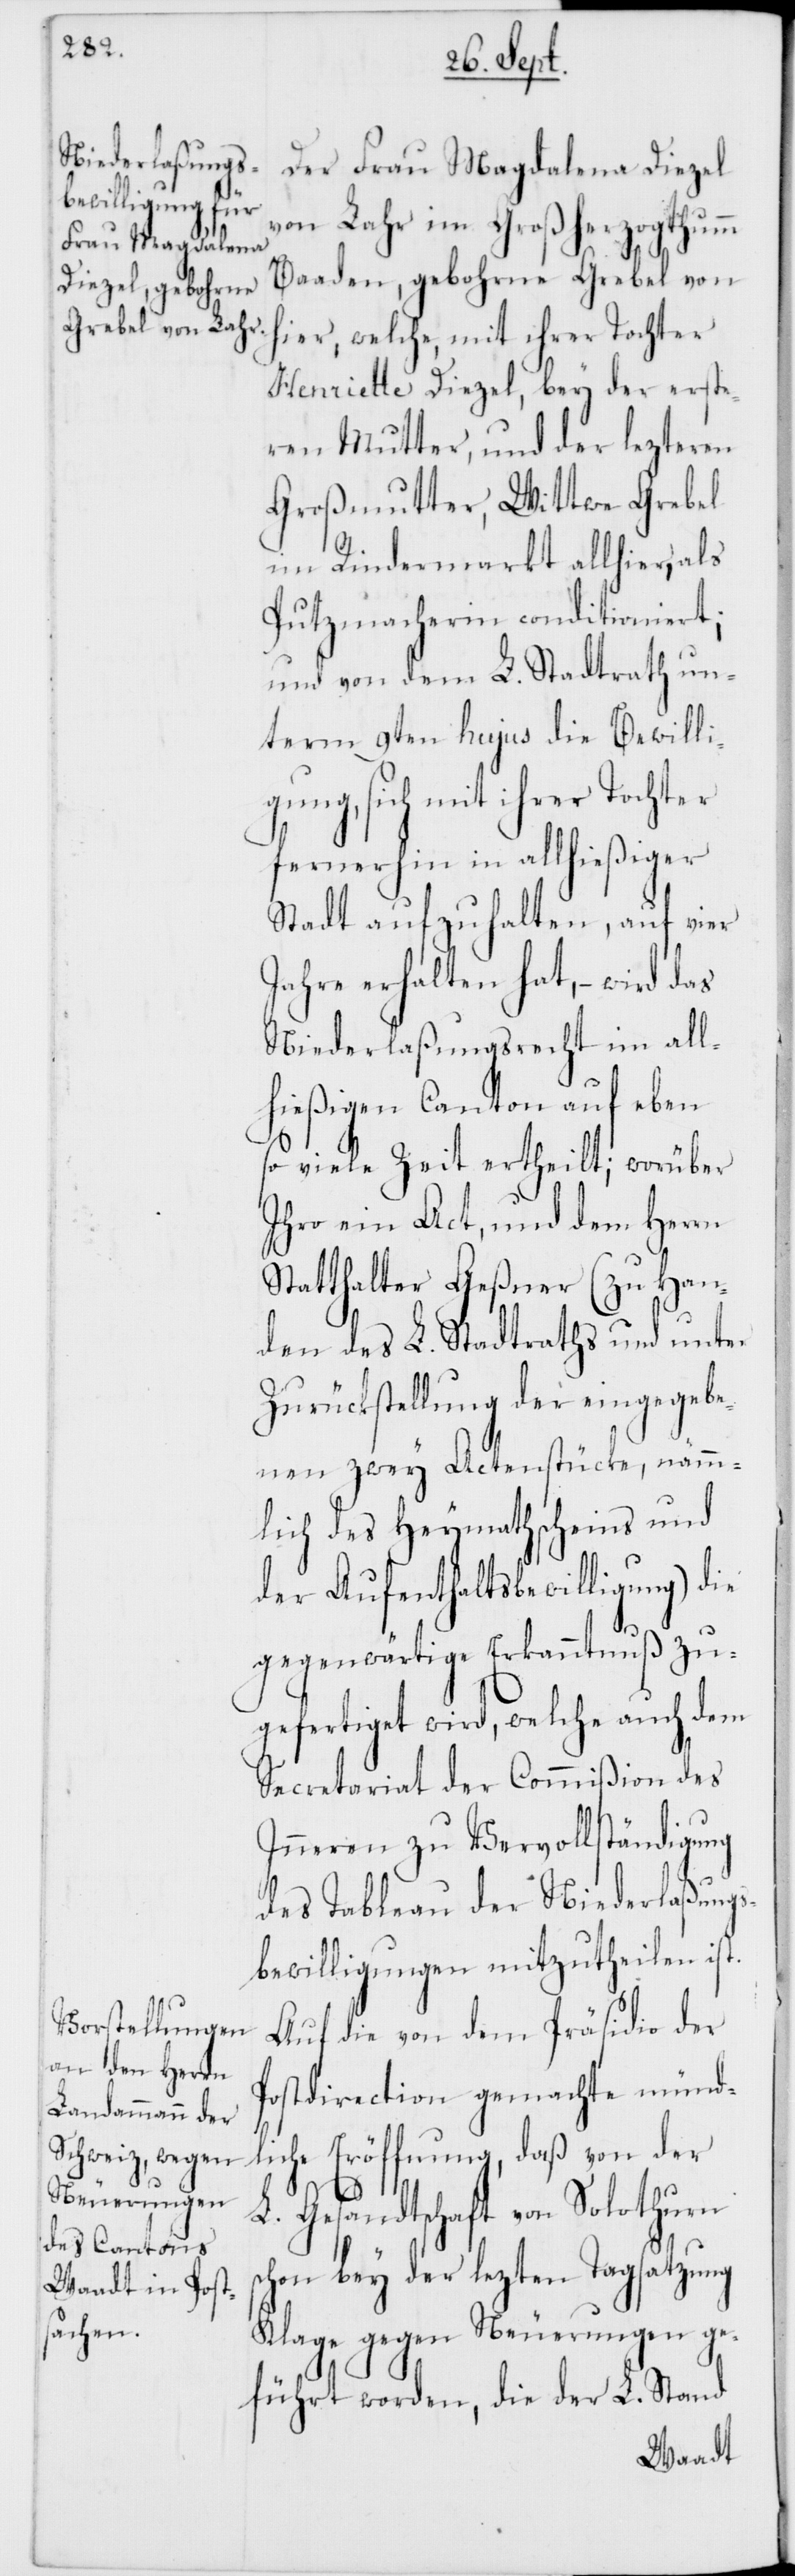
Der Frau Magdalena Diezel
von Lahr im Großherzogthumm
Baaden, gebohrne Grebel von
hier, welche mit ihrer Tochter
Henriette Diezel, bey der erste¬
ren Mutter, und der lezteren
Großmutter, Wittwe Grebel
im Rindermarkt allhier, als
Putzmacherin conditioniert;
und von dem L. Stadtrath un¬
term 9ten hujus die Bewilli¬
gung, sich mit ihrer Tochter
fernerhin in allhießiger
Stadt aufzuhalten, auf vier
Jahre erhalten hat, – wird das
Niederlaßungsrecht im all¬
hießigen Canton auf eben
so viele Zeit ertheilt; worüber
Ihro ein Act, und dem Herrn
Statthalter Geßner (zu Han¬
den des L. Stadtraths und unter
Zurückstellung der eingegebe¬
nen zwey Actenstücke, nämm¬
lich des Heymathscheins und
der Aufenthaltsbewilligung) die
gegenwärtige Erkanntnuß zu¬
gefertiget wird, welche auch dem
Secretariat der Commißion des
Inneren zu Vervollständigung
des Tableau der Niederlaßungs¬
bewilligungen mitzutheilen ist.
Auf die von dem Präsidio der
Postdirection gemachte münd¬
liche Eröffnung, daß von der
L. Gesandtschaft von Solothurn
schon bey der lezten Tagsatzung
Klage gegen Neuerungen ge¬
führt worden, die der L. Stand